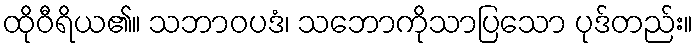
ထိုဝီရိယ၏။ သဘာဝပဒံ၊ သဘောကိုသာပြသော ပုဒ်တည်း။